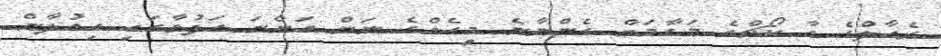
ރެއާލްގެ އާ ކޯޗްގެ މަގާމަށް ގެންނާނެ މީހެއްގެ ނަން އަންނަ ހަފުތާގައި އިއުލާން